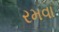
રમવા